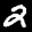
Label: 2